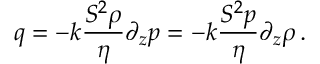
q = - k \frac { S ^ { 2 } \rho } { \eta } \partial _ { z } p = - k \frac { S ^ { 2 } p } { \eta } \partial _ { z } \rho \, .